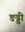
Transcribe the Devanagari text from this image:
ङड्डी